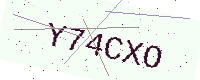
Text: Y74CXO